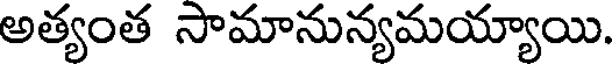
అత్యంత సామానున్యమయ్యాయి.